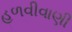
હળવીવાણી